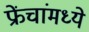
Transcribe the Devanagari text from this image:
फ्रेंचांमध्ये